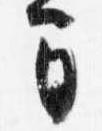
間